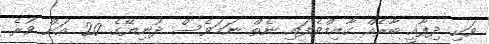
ވަކި ދިފާއީ ބާރެއް ގާއިމްވެފައި ނެތް ނަމަވެސް ދުނިޔޭގެ 20 އަށް ވުރެ